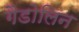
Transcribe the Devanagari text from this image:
गैडोलिन